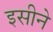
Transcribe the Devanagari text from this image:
इसीने